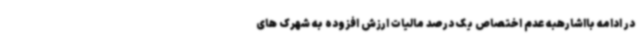
در ادامه بااشارهبه عدم اختصاص یک درصد مالیات ارزش افزوده به شهرک های